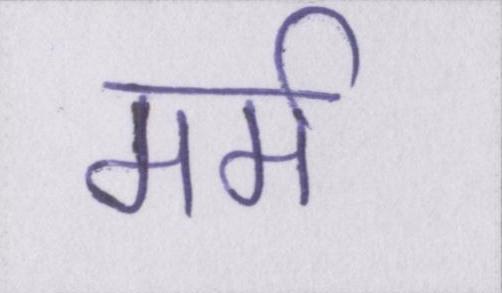
मर्म